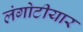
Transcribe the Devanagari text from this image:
लंगोटीयार